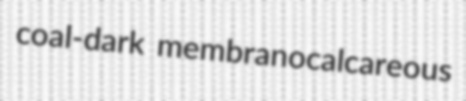
coal-dark membranocalcareous